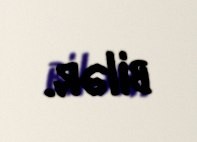
bilər.